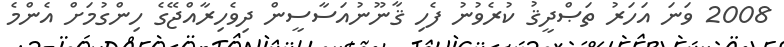
2008 ވަނަ އަހަރު ތަޞްދީޤު ކުރެވުނު ފެހި ޤާނޫނުއަސާސީން ދިވެހިރާއްޖޭގެ ހިންގުމަށް އެންމެ